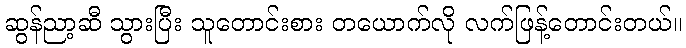
ဆွန်ညာ့ဆီ သွားပြီး သူတောင်းစား တယောက်လို လက်ဖြန့်တောင်းတယ်။